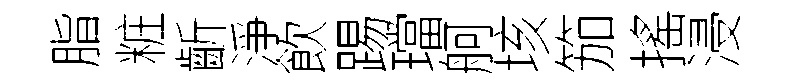
脂粧齗淨飲踢璫舸垓笳搖浸